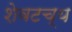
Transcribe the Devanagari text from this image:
शेवटच्य